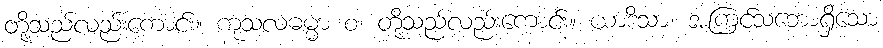
တို့သည်လည်းကောင်း။ ကုသလဓမ္မာ စ၊ တို့သည်လည်းကောင်း။ ယာဒိသာ၊ အကြင်သဘောရှိသော